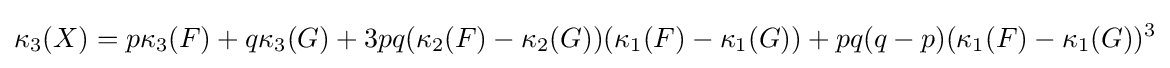
\kappa _{3}(X)=p\kappa _{3}(F)+q\kappa _{3}(G)+3pq(\kappa _{2}(F)-\kappa _{2}(G))(\kappa _{1}(F)-\kappa _{1}(G))+pq(q-p)(\kappa _{1}(F)-\kappa _{1}(G))^{3}